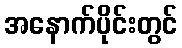
အနောက်ပိုင်းတွင်